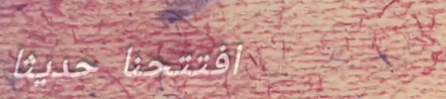
افتتحنا حديثاً